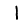
Digit: 1